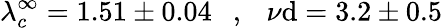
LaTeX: \lambda_{c}^{\infty}=1.51\pm0.04\ \ \ ,\ \ \ {{\nu}\mathrm{d}}=3.2\pm0.5